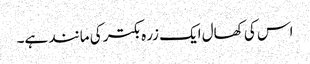
اس کی کھال ایک زرہ بکتر کی مانند ہے۔